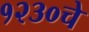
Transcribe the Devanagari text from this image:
१२३०चे